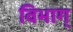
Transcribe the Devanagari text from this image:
विभाग्